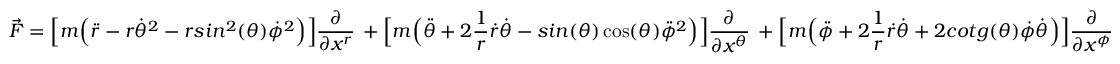
\vec { F } = \Big [ m \Big ( \ddot { r } - r \dot { \theta } ^ { 2 } - r s i n ^ { 2 } ( \theta ) \dot { \phi } ^ { 2 } \Big ) \Big ] \frac { \partial } { \partial x ^ { r } } \, + \Big [ m \Big ( \ddot { \theta } + 2 \frac { 1 } { r } \dot { r } \dot { \theta } - s i n ( \theta ) \cos ( \theta ) \ddot { \phi } ^ { 2 } \Big ) \Big ] \frac { \partial } { \partial x ^ { \theta } } \, + \Big [ m \Big ( \ddot { \phi } + 2 \frac { 1 } { r } \dot { r } \dot { \theta } + 2 c o t g ( \theta ) \dot { \phi } \dot { \theta } \Big ) \Big ] \frac { \partial } { \partial x ^ { \phi } }